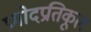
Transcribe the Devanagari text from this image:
प्रमोदप्रतिकूल